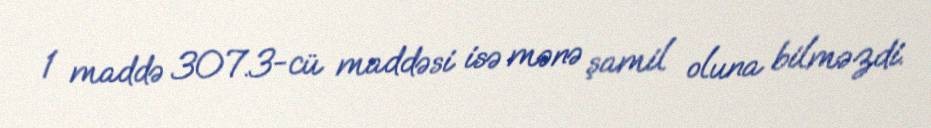
1 maddə 307.3-cü maddəsi isə mənə şamil oluna bilməzdi.